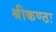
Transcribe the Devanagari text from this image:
श्रीकण्ठः